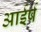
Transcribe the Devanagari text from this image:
आईर्ष